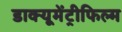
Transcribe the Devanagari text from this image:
डाक्यूमेंट्रीफिल्म